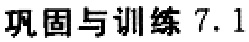
巩固与训练 7.1